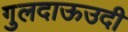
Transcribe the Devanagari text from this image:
गुलदाऊउदी